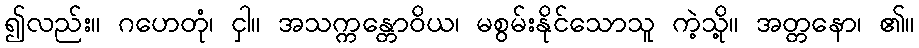
၍လည်း။ ဂဟေတုံ၊ ငှါ။ အသက္ကန္တောဝိယ၊ မစွမ်းနိုင်သောသူ ကဲ့သို့။ အတ္တနော၊ ၏။